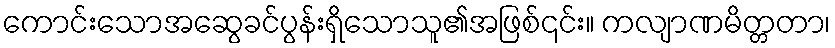
ကောင်းသောအဆွေခင်ပွန်းရှိသောသူ၏အဖြစ်၎င်း။ ကလျာဏမိတ္တတာ၊